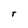
Character: r